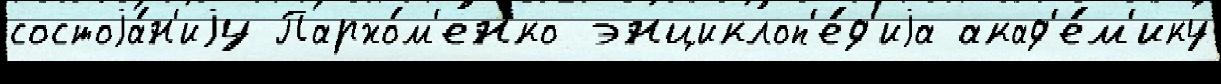
состоjа́н'иjу Пархо́м'енко энциклоп'е́д'иjа акад'е́м'ику